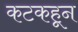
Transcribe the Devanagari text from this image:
कटकहून